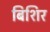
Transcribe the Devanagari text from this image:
बिशिर